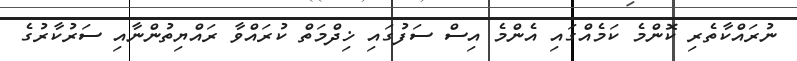
ނުރައްކާތެރި ކޮންމެ ކަމެއްގައި އެންމެ އިސް ސަފުގައި ޚިދްމަތް ކުރައްވާ ރައްޔިތުންނާއި ސަރުކާރުގެ